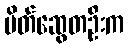
မိတ်ဆွေတဦးက